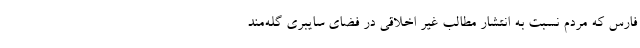
فارس که مردم نسبت به انتشار مطالب غیر اخلاقی در فضای سایبری گله‌مند